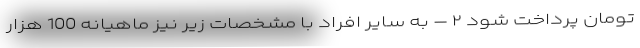
تومان پرداخت شود ٢ – به سایر افراد با مشخصات زیر نیز ماهیانه 100 هزار